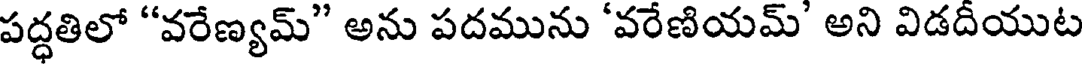
పద్ధతిలో "వరేణ్యమ్" అను పదమును 'వరేణియమ్' అని విడదీయుట